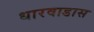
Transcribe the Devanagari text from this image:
धारवाडास